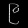
Digit: ၉